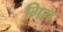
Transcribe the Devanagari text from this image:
गिरा